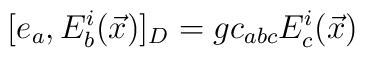
[e_{a},E_{b}^{i}(\vec{x})]_{D} = g c_{abc} E_{c}^{i}(\vec{x})